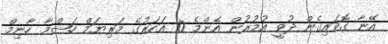
އޭނާ ގޮވައިގެން ދުވީ އުމުރުން އެންމެ 10 އަހަރުގެ މަރިޔަމް ހަޝްމާ ހާނިމް